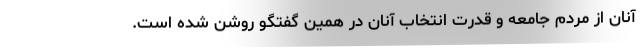
آنان از مردم جامعه و قدرت انتخاب آنان در همین گفتگو روشن شده است.